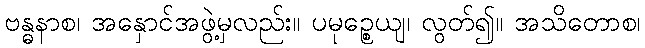
ဗန္ဓနာစ၊ အနှောင်အဖွဲ့မှလည်း။ ပမုဉ္စေယျ၊ လွတ်၍။ အသိတောစ၊